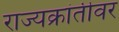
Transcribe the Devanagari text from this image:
राज्यक्रांतीवर